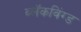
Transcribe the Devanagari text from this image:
ब्लॅकविंग्ड